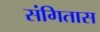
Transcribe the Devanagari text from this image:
संगितास